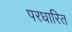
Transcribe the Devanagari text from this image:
परधारित